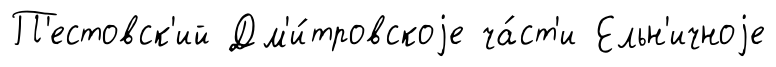
П'естовск'ий Дм'и́тровскоjе ча́ст'и Ельн'ичноjе